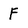
Character: F